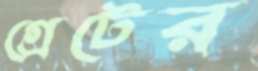
গ্রেটের